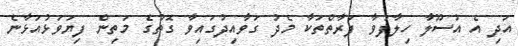
އަދި އެ އުސޫލާ ހިލާފުވާ ފަރާތްތަކާ މެދު ގަވާއިދުގައިވާ ގޮތުގެ މަތިން ފިޔަވަޅުއަޅާނެ